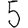
Digit: 5